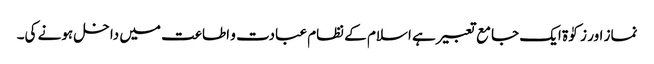
نماز اور زکوٰۃ ایک جامع تعبیر ہے اسلام کے نظام عبادت و اطاعت میں داخل ہونے کی۔